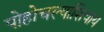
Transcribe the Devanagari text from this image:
पोहोचल्याशिवाय